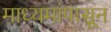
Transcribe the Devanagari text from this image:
माध्यमांपासून